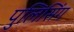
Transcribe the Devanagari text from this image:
पुलिसिंग